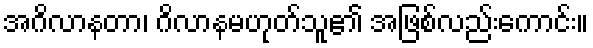
အဂိလာနတာ၊ ဂိလာနမဟုတ်သူ၏ အဖြစ်လည်းကောင်း။